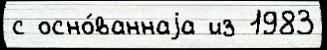
с осно́ваннаjа из 1983